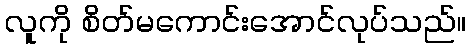
လူကို စိတ်မကောင်းအောင်လုပ်သည်။